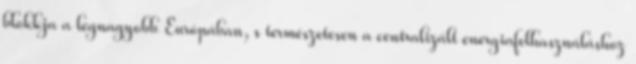
blokkja a legnagyobb Európában, s természetesen a centralizált energiafelhasználáshoz